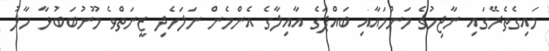
މައިގެތެރޭގައި ނާޖިހުގެ މަންމައާއި ބައްޕަގެ އާއިލާގެ އެންމެން ނަލަހެދި ޒީނަތްވެ މޫނުބަބުޅާ ހާލު